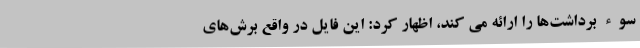
سوء برداشت‌ها را ارائه می کند، اظهار کرد: این فایل در واقع برش‌های